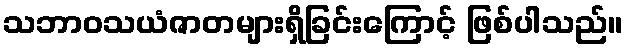
သဘာဝသယံဇာတများရှိခြင်းကြောင့် ဖြစ်ပါသည်။